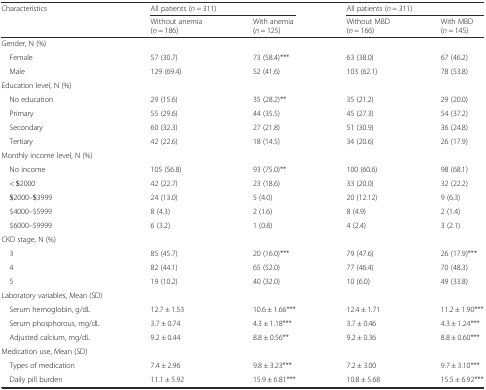
<table><thead><tr><td><b>Characteristics</b></td><td colspan="2"><b>All patients (<i>n</i> = 311)</b></td><td colspan="2"><b>All patients (<i>n</i> = 311)</b></td></tr><tr><td></td><td><b>Without anemia(<i>n</i> = 186)</b></td><td><b>With anemia(<i>n</i> = 125)</b></td><td><b>Without MBD(<i>n</i> = 166)</b></td><td><b>With MBD(<i>n</i> = 145)</b></td></tr></thead><tbody><tr><td colspan="5">Gender, N (%)</td></tr><tr><td> Female</td><td>57 (30.7)</td><td>73 (58.4)***</td><td>63 (38.0)</td><td>67 (46.2)</td></tr><tr><td> Male</td><td>129 (69.4)</td><td>52 (41.6)</td><td>103 (62.1)</td><td>78 (53.8)</td></tr><tr><td colspan="5">Education level, N (%)</td></tr><tr><td> No education</td><td>29 (15.6)</td><td>35 (28.2)**</td><td>35 (21.2)</td><td>29 (20.0)</td></tr><tr><td> Primary</td><td>55 (29.6)</td><td>44 (35.5)</td><td>45 (27.3)</td><td>54 (37.2)</td></tr><tr><td> Secondary</td><td>60 (32.3)</td><td>27 (21.8)</td><td>51 (30.9)</td><td>36 (24.8)</td></tr><tr><td> Tertiary</td><td>42 (22.6)</td><td>18 (14.5)</td><td>34 (20.6)</td><td>26 (17.9)</td></tr><tr><td colspan="5">Monthly income level, N (%)</td></tr><tr><td> No income</td><td>105 (56.8)</td><td>93 (75.0)**</td><td>100 (60.6)</td><td>98 (68.1)</td></tr><tr><td> &lt; $2000</td><td>42 (22.7)</td><td>23 (18.6)</td><td>33 (20.0)</td><td>32 (22.2)</td></tr><tr><td> $2000–$3999</td><td>24 (13.0)</td><td>5 (4.0)</td><td>20 (12.12)</td><td>9 (6.3)</td></tr><tr><td> $4000–$5999</td><td>8 (4.3)</td><td>2 (1.6)</td><td>8 (4.9)</td><td>2 (1.4)</td></tr><tr><td> $6000–$9999</td><td>6 (3.2)</td><td>1 (0.8)</td><td>4 (2.4)</td><td>3 (2.1)</td></tr><tr><td colspan="5">CKD stage, N (%)</td></tr><tr><td> 3</td><td>85 (45.7)</td><td>20 (16.0)***</td><td>79 (47.6)</td><td>26 (17.9)***</td></tr><tr><td> 4</td><td>82 (44.1)</td><td>65 (52.0)</td><td>77 (46.4)</td><td>70 (48.3)</td></tr><tr><td> 5</td><td>19 (10.2)</td><td>40 (32.0)</td><td>10 (6.0)</td><td>49 (33.8)</td></tr><tr><td colspan="5">Laboratory variables, Mean (SD)</td></tr><tr><td> Serum hemoglobin, g/dL</td><td>12.7 ± 1.53</td><td>10.6 ± 1.66***</td><td>12.4 ± 1.71</td><td>11.2 ± 1.90***</td></tr><tr><td> Serum phosphorous, mg/dL</td><td>3.7 ± 0.74</td><td>4.3 ± 1.18***</td><td>3.7 ± 0.46</td><td>4.3 ± 1.24***</td></tr><tr><td> Adjusted calcium, mg/dL</td><td>9.2 ± 0.44</td><td>8.8 ± 0.56**</td><td>9.2 ± 0.36</td><td>8.8 ± 0.60***</td></tr><tr><td colspan="5">Medication use, Mean (SD)</td></tr><tr><td> Types of medication</td><td>7.4 ± 2.96</td><td>9.8 ± 3.23***</td><td>7.2 ± 3.00</td><td>9.7 ± 3.10***</td></tr><tr><td> Daily pill burden</td><td>11.1 ± 5.92</td><td>15.9 ± 6.81***</td><td>10.8 ± 5.68</td><td>15.5 ± 6.92***</td></tr></tbody></table>